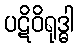
ပဋိဝိရုဒ္ဓါ